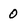
Character: 0